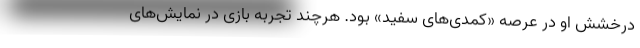
درخشش او در عرصه «کمدی‌های سفید» بود. هرچند تجربه بازی در نمایش‌های